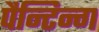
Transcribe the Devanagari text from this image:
पैन्टिन्ग